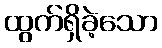
ထွက်ရှိခဲ့သော